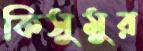
কিসুমুর